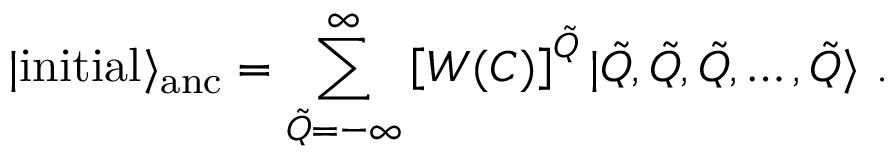
| \mathrm { i n i t i a l } \rangle _ { \mathrm { a n c } } = \sum _ { \tilde { Q } = - \infty } ^ { \infty } \left[ W ( C ) \right] ^ { \tilde { Q } } | \tilde { Q } , \tilde { Q } , \tilde { Q } , \dots , \tilde { Q } \rangle ~ .